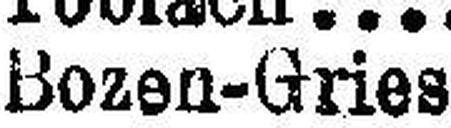
Bozen-Gries